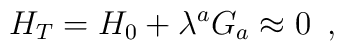
H_T=H_0+\lambda ^a G_a\approx 0\,\,\, ,